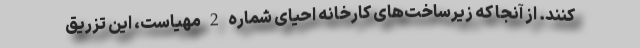
کنند. از آنجا که زیرساخت‌های کارخانه احیای شماره 2 مهیاست، این تزریق